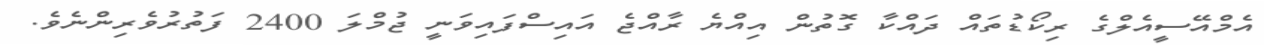
އެމްއޭސީއެލްގެ ރިކޯޑުތައް ދައްކާ ގޮތުން އިއްޔެ ރާއްޖެ އައިސްފައިވަނީ ޖުމްލަ 2400 ފަތުރުވެރިންނެވެ.